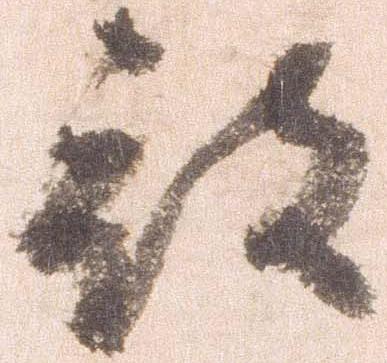
被